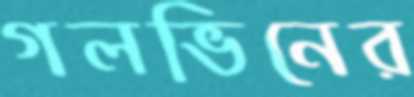
গলভিনের